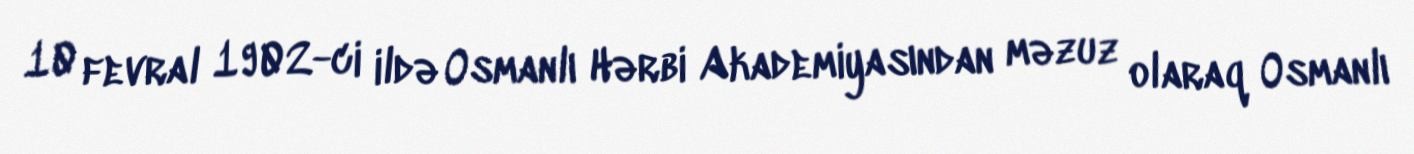
10 fevral 1902-ci ildə Osmanlı Hərbi Akademiyasından məzuz olaraq Osmanlı